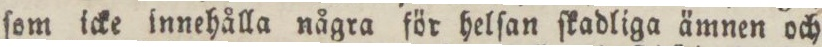
ſom icke innehålla några för helſan ſkadliga ämnen och